Annual report of the Bengal Veterinary College and of the Civil Veterinary Department, Bengal, for the year 1914-1915 - 1914-1915
Year: 1914
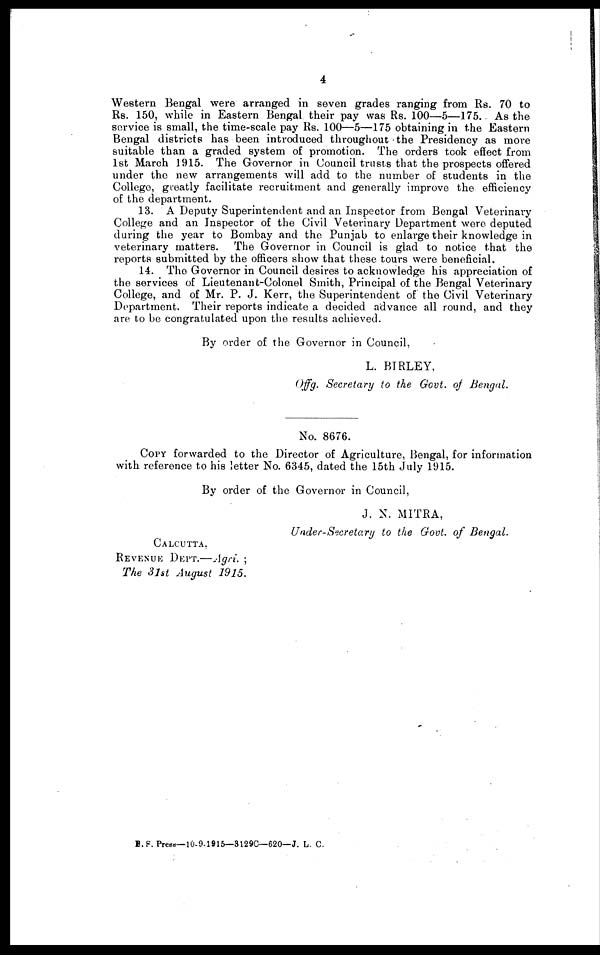
4
Western Bengal were arranged in seven grades ranging from Rs. 70 to
Rs. 150, while in Eastern Bengal their pay was Rs. 100—5—175. As the
service is small, the time-scale pay Rs. 100—5—175 obtaining in the Eastern
Bengal districts has been introduced throughout the Presidency as more
suitable than a graded system of promotion. The orders took effect from
1st March 1915. The Governor in Council trusts that the prospects offered
under the new arrangements will add to the number of students in the
College, greatly facilitate recruitment and generally improve the efficiency
of the department.
13. A Deputy Superintendent and an Inspector from Bengal Veterinary
College and an Inspector of the Civil Veterinary Department were deputed
daring the year to Bombay and the Punjab to enlarge their knowledge in
veterinary matters.
The Governor in Council is glad to notice that the
reports submitted by the officers show that these tours were beneficial.
14. The Governor in Council desires to acknowledge his appreciation of
the services of Lieutenant-Colonel Smith, Principal of the Bengal Veterinary
College, and of Mr. P. J. Kerr, the Superintendent of the Civil Veterinary
Department. Their reports indicate a decided advance all round, and they
are to be congratulated upon the results achieved.
By order of the Governor in Council,
L. BIRLEY,
Offg. Secretary to the Govt. of Bengal.
No. 8676.
COPY forwarded to the Director of Agriculture, Bengal, for information
with reference to his letter No. 6345, dated the 15th July 1915.
By order of the Governor in Council,
J. N. MITRA,
Under-Secretary
to the Govt. of Bengal.
CALCUTTA,
REVENUE DEPT.—Agri. ;
The 31st August
1915.
B. S. Press—10-9-1915—3129C—620—J. L. C.